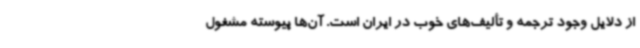
از دلایل وجود ترجمه و تألیف‌های خوب در ایران است. آن‌ها پیوسته مشغول